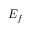
E _ { f }